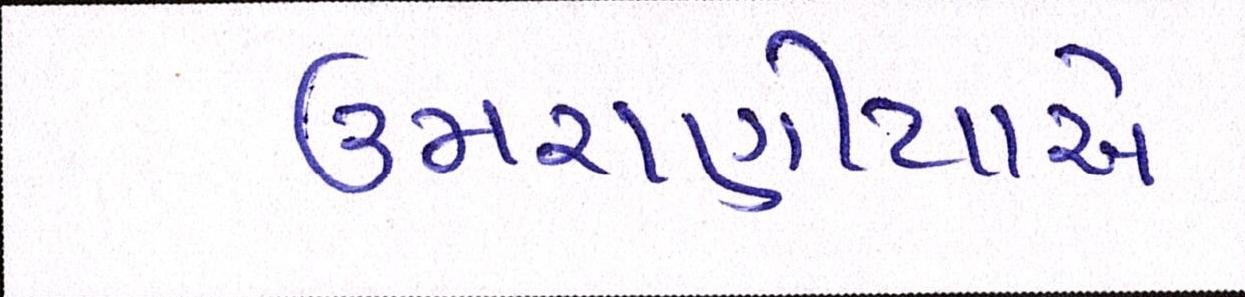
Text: ઉમરાણીયાએ